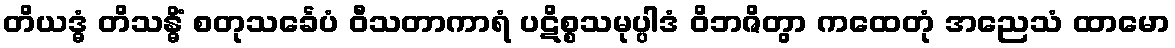
တိယဒ္ဓံ တိသန္ဓိံ စတုသင်္ခေပံ ဝီသတာကာရံ ပဋိစ္စသမုပ္ပါဒံ ဝိဘဇိတွာ ကထေတုံ အညေသံ ထာမော